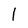
Character: l